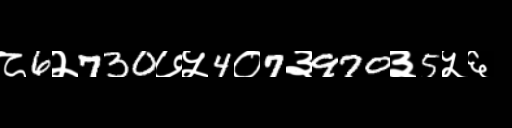
Text: ८6२730७५4०7३970३5५६